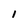
Character: l